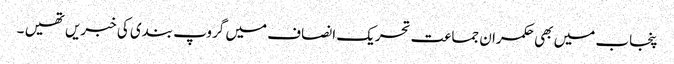
پنجاب میں بھی حکمران جماعت تحریک انصاف میں گروپ بندی کی خبریں تھیں ۔